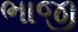
ભાજી